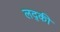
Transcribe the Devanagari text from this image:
लद्की